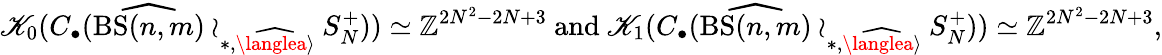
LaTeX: \mathscr{K}_{0}(C_{\bullet}(\widehat{{\mathrm{{BS}}(n,m)}}\wr_{\ast,\widehat{{\langlea\rangle}}}S_{N}^{+}))\simeq\mathbb{{Z}}^{2N^{2}-2N+3}\mathrm{{~and~}}\mathscr{K}_{1}(C_{\bullet}(\widehat{{\mathrm{{BS}}(n,m)}}\wr_{\ast,\widehat{{\langlea\rangle}}}S_{N}^{+}))\simeq\mathbb{{Z}}^{2N^{2}-2N+3},